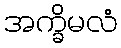
အက္ခိမလံ